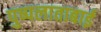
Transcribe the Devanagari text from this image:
पुष्पलाताबाई